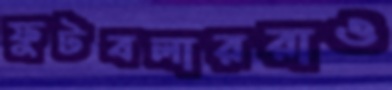
ফুটবলাররাও